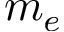
m _ { e }